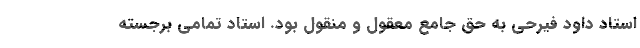
استاد داود فیرحی به حق جامع معقول و منقول بود. استاد تمامی برجسته